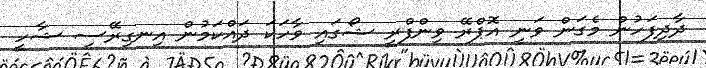
ދާދިފަހުން މެގަން ވަނީ އޮޕްރޭ ވިންފްރީ ޝޯގައި ވާހަކަ ދައްކަމުން އިނގިރޭސި ޝާހީ